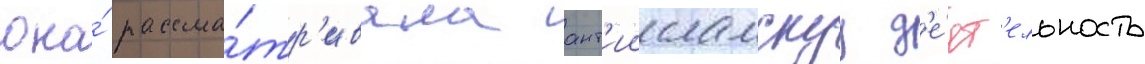
она́ рассма́тр'ивала ант'иисламскуу д'е́ят'ельность